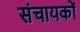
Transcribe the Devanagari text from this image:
संचायकों